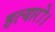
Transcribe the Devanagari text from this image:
हत्यारों।